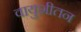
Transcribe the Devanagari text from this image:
वायुशीतन